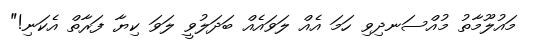
މައުލޫމާތު މުއްސަނދިވި ހަމަ އެއް ލަވައެއް ބަދަލުވީ ލަވަ ކިޔާ ފަރާތް އެކަނި!"